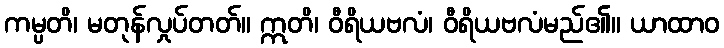
ကမ္ပတိ၊ မတုန်လှုပ်တတ်။ ဣတိ၊ ဝီရိယဗလံ၊ ဝီရိယဗလံမည်၏။ ယာထာဝ